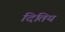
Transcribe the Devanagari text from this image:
दितिय